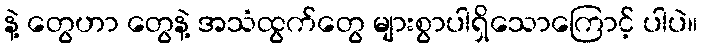
နဲ့ တွေဟာ တွေနဲ့ အသံထွက်တွေ များစွာပါရှိသောကြောင့် ပါပဲ။